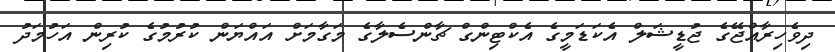
ދިވެހިރާއްޖޭގެ ޖުޑީޝަލް އެކަޑަމީގެ އެކްޓިންގް ޗާންސެލާގެ މަގާމަށް އައްޔަން ކުރުމުގެ ކުރިން އަހުމަދު